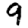
Digit: 9